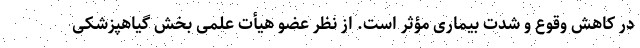
در کاهش وقوع و شدت بیماری مؤثر است. از نظر عضو هیأت علمی بخش گیاهپزشکی